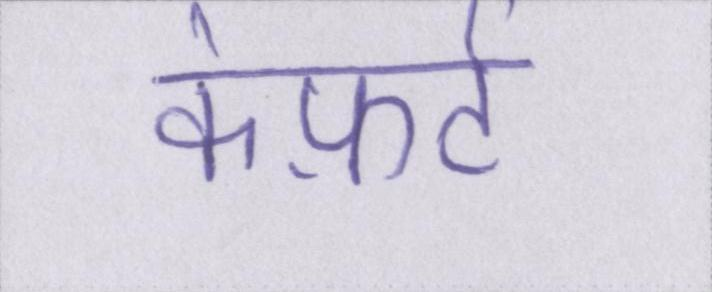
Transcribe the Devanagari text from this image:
कंफ़र्ट